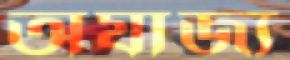
অযাজ্য